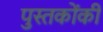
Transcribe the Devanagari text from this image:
पुस्‍तकोंकी